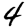
Digit: 4